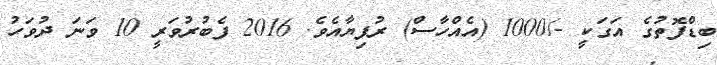
ބިޑްފޮތުގެ އަގަކީ -/1000 (އެއްހާސް) ރުފިޔާއެވެ. 2016 ފެބުރުވަރީ 10 ވަނަ ދުވަހު